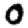
Digit: 0